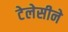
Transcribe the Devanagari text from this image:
टेलेसीने